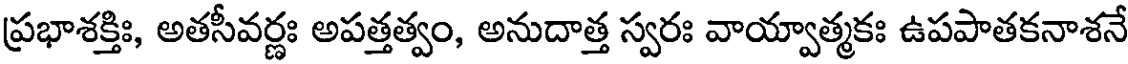
ప్రభాశక్తిః, అతసీవర్ణః అపత్తత్వం, అనుదాత్త స్వరః వాయ్వాత్మకః ఉపపాతకనాశనే